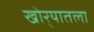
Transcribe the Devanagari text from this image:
खोर्‍यातला